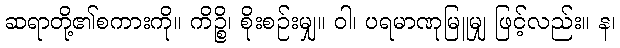
ဆရာတို့၏စကားကို။ ကိဉ္စိ၊ စိုးစဉ်းမျှ။ ဝါ၊ ပရမာဏုမြူမျှ ဖြင့်လည်း။ န၊